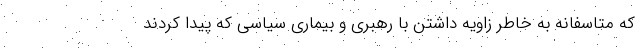
که متاسفانه به خاطر زاویه داشتن با رهبری و بیماری سیاسی که پیدا کردند